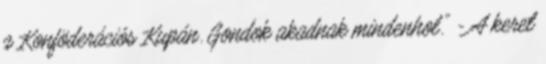
a Konföderációs Kupán. Gondok akadnak mindenhol." - A keret